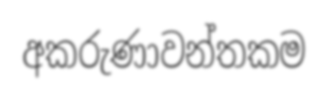
අකරුණාවන්තකම